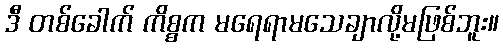
ဒီ တစ်ခေါက် ကိစ္စက မရေရာမသေချာလို့မဖြစ်ဘူး။